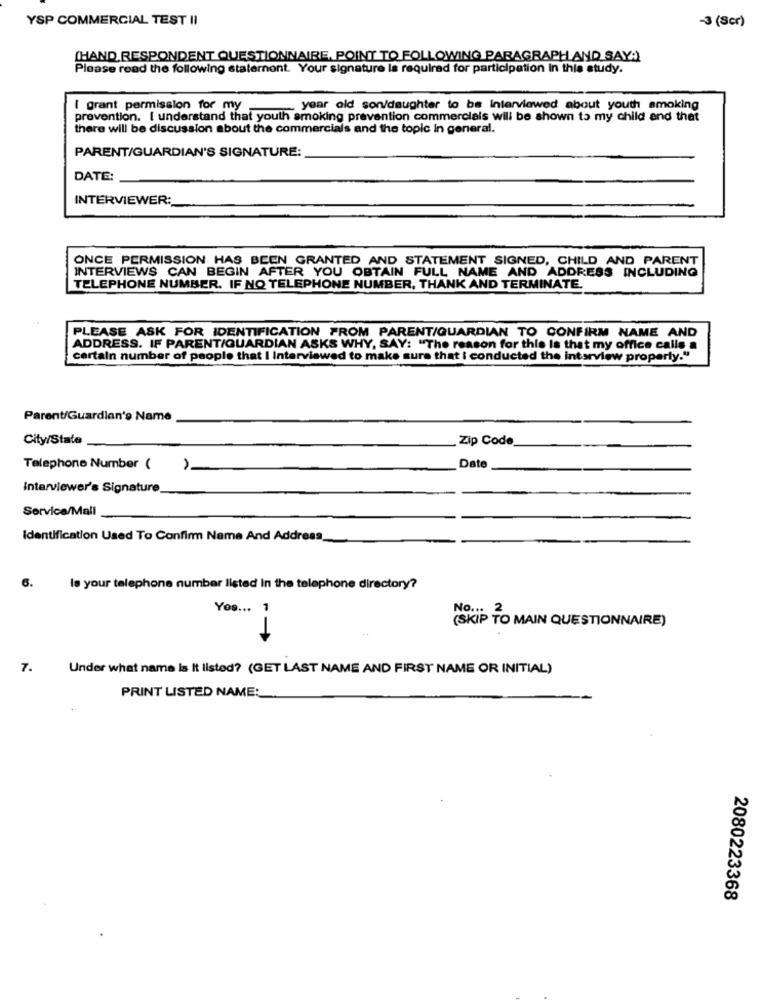
YSP COMMERCIAL TEST II
-3 (Ser)
[HAND. RESPONDENT QUESTIONNAIRE, POINT TO FOLLOWING PARAGRAPH AND SAY:]
Please read the following statement. Your signature la required for participation in this study.
I grant permission for my
year old son/daughter to be interviewed about youth amaking
prevention. I understand that youth smoking pravention commercials will be shown to my child and that
there will be discussion about the commercials and the topic in general.
PARENT/GUARDIAN'S SIGNATURE:
DATE:
INTERVIEWER:
ONCE PERMISSION HAS BEEN GRANTED AND STATEMENT SIGNED, CHILD AND PARENT
INTERVIEWS CAN BEGIN AFTER YOU OBTAIN FULL NAME AND ADDRESS INCLUDING
TELEPHONE NUMBER. IF NO TELEPHONE NUMBER, THANK AND TERMINATE.
PLEASE ASK FOR IDENTIFICATION FROM PARENT/GUARDIAN TO CONFIRM NAME AND
ADDRESS. IF PARENT/GUARDIAN ASKS WHY, SAY: "The reason for this Is that my office calls a
certain number of people that I Interviewed to make sure that I conducted the interview properly."
Parent/Guardian's Name
City/State
Zip Code
Telephone Number ( )
Date
Interviewer's Signature
Service/Mall
Identification Used To Confim Name And Address
6.
Is your telephone number listed In the telephone directory?
Yes ... 1
(SKIP TO MAIN QUESTIONNAIRE)
7.
Under what name Is It listed? (GET LAST NAME AND FIRST NAME OR INITIAL)
PRINT LISTED NAME:
2080223368